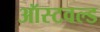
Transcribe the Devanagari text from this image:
ऑस्टवल्ड